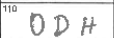
Transcription: ODH